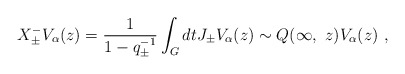
\begin{align*}X^-_{\pm}V_\alpha(z)=\frac{1}{1-q^{-1}_\pm} \int_G dtJ_\pm V_\alpha(z) \sim Q(\infty,~z) V_\alpha(z)~,\end{align*}